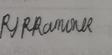
Signature authenticity: genuine